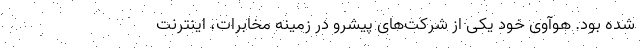
شده بود. هوآوی خود یکی از شرکت‌های پیشرو در زمینه مخابرات، اینترنت